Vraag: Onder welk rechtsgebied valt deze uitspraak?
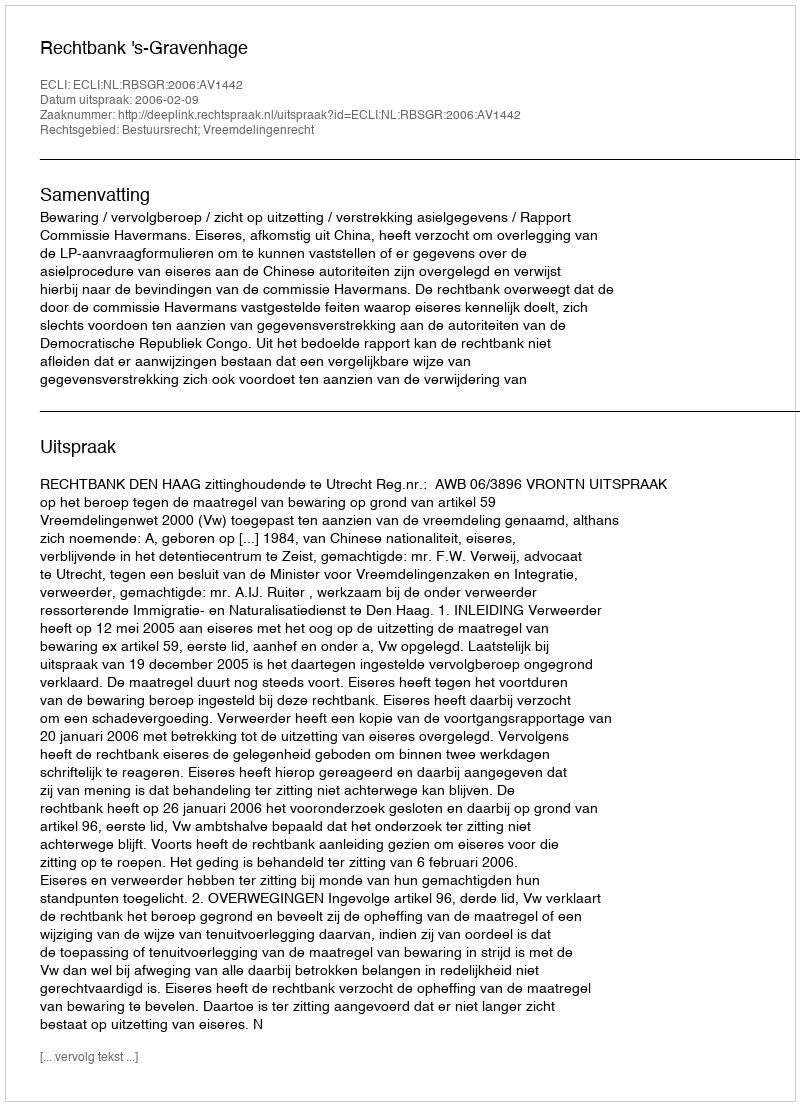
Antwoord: Bestuursrecht; Vreemdelingenrecht